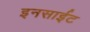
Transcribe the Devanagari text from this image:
इनसाईट